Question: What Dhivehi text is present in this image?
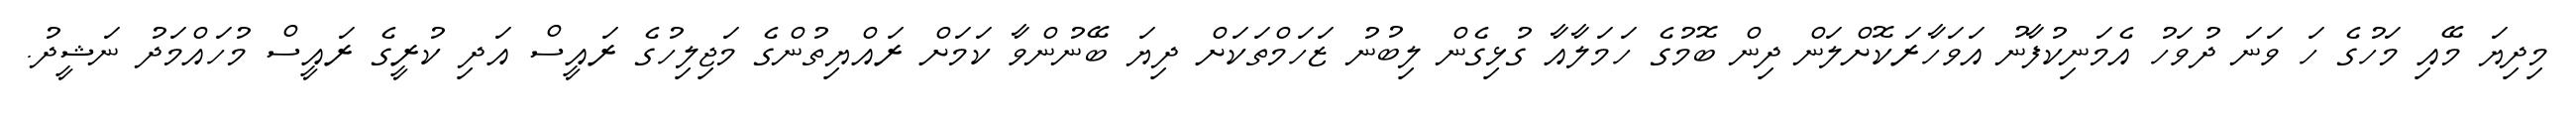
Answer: މިދިޔަ މޭއި މަހުގެ ހަ ވަނަ ދުވަހު އެމަނިކުފާނު އަވަހާރަކޮށްލަން ދިން ބޮމުގެ ހަމަލާއާ ގުޅިގެން ލިބުނު ޒަހަމްތަކަށް ދިޔަ ބޭނުންވާ ކަމަށް ރައްޔިތުންގެ މަޖިލިހުގެ ރައީސް އަދި ކުރީގެ ރައީސް މުހައްމަދު ނަޝީދު.